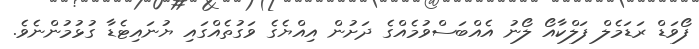
ފޯވަޑް ރަޑަމެލް ފަލްކާއޯ ލޯނު އެއްބަސްވުމެއްގެ ދަށުން އިއްޔެގެ ވަގުތެއްގައި ޔުނައިޓެޑާ ގުޅުމުންނެވެ.